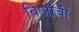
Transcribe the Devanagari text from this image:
बिआंची